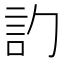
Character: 𬢛